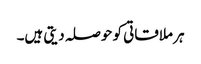
ہر ملاقاتی کو حوصلہ دیتی ہیں۔